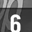
Digit: 6